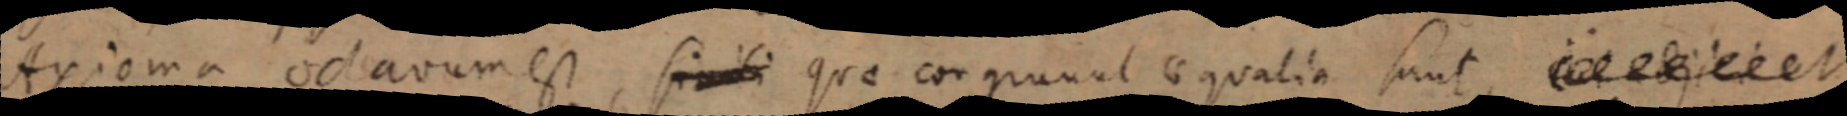
Axioma octavum est, simili quae corgruunt aequalia sunt _